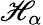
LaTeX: \mathscr{H}_{\alpha}